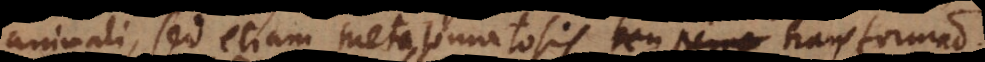
nimali, sed etiam Metasomatosis seu perpe transform